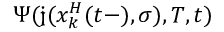
\Psi ( \mathfrak { j } ( x _ { k } ^ { H } ( t - ) , \sigma ) , T , t )